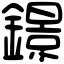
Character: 鐛